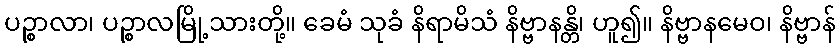
ပဉ္စာလာ၊ ပဉ္စာလမြို့သားတို့။ ခေမံ သုခံ နိရာမိသံ နိဗ္ဗာနန္တိ၊ ဟူ၍။ နိဗ္ဗာနမေဝ၊ နိဗ္ဗာန်